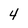
Character: 4